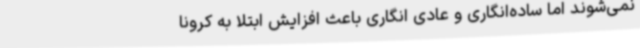
نمی‌شوند اما ساده‌انگاری و عادی انگاری باعث افزایش ابتلا به کرونا